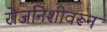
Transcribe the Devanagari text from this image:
रोजनिशीवरून